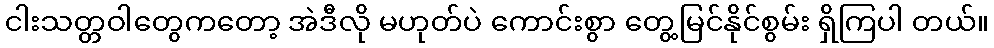
ငါးသတ္တဝါတွေကတော့ အဲဒီလို မဟုတ်ပဲ ကောင်းစွာ တွေ့မြင်နိုင်စွမ်း ရှိကြပါ တယ်။